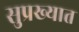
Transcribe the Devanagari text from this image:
सुप्रख्यात